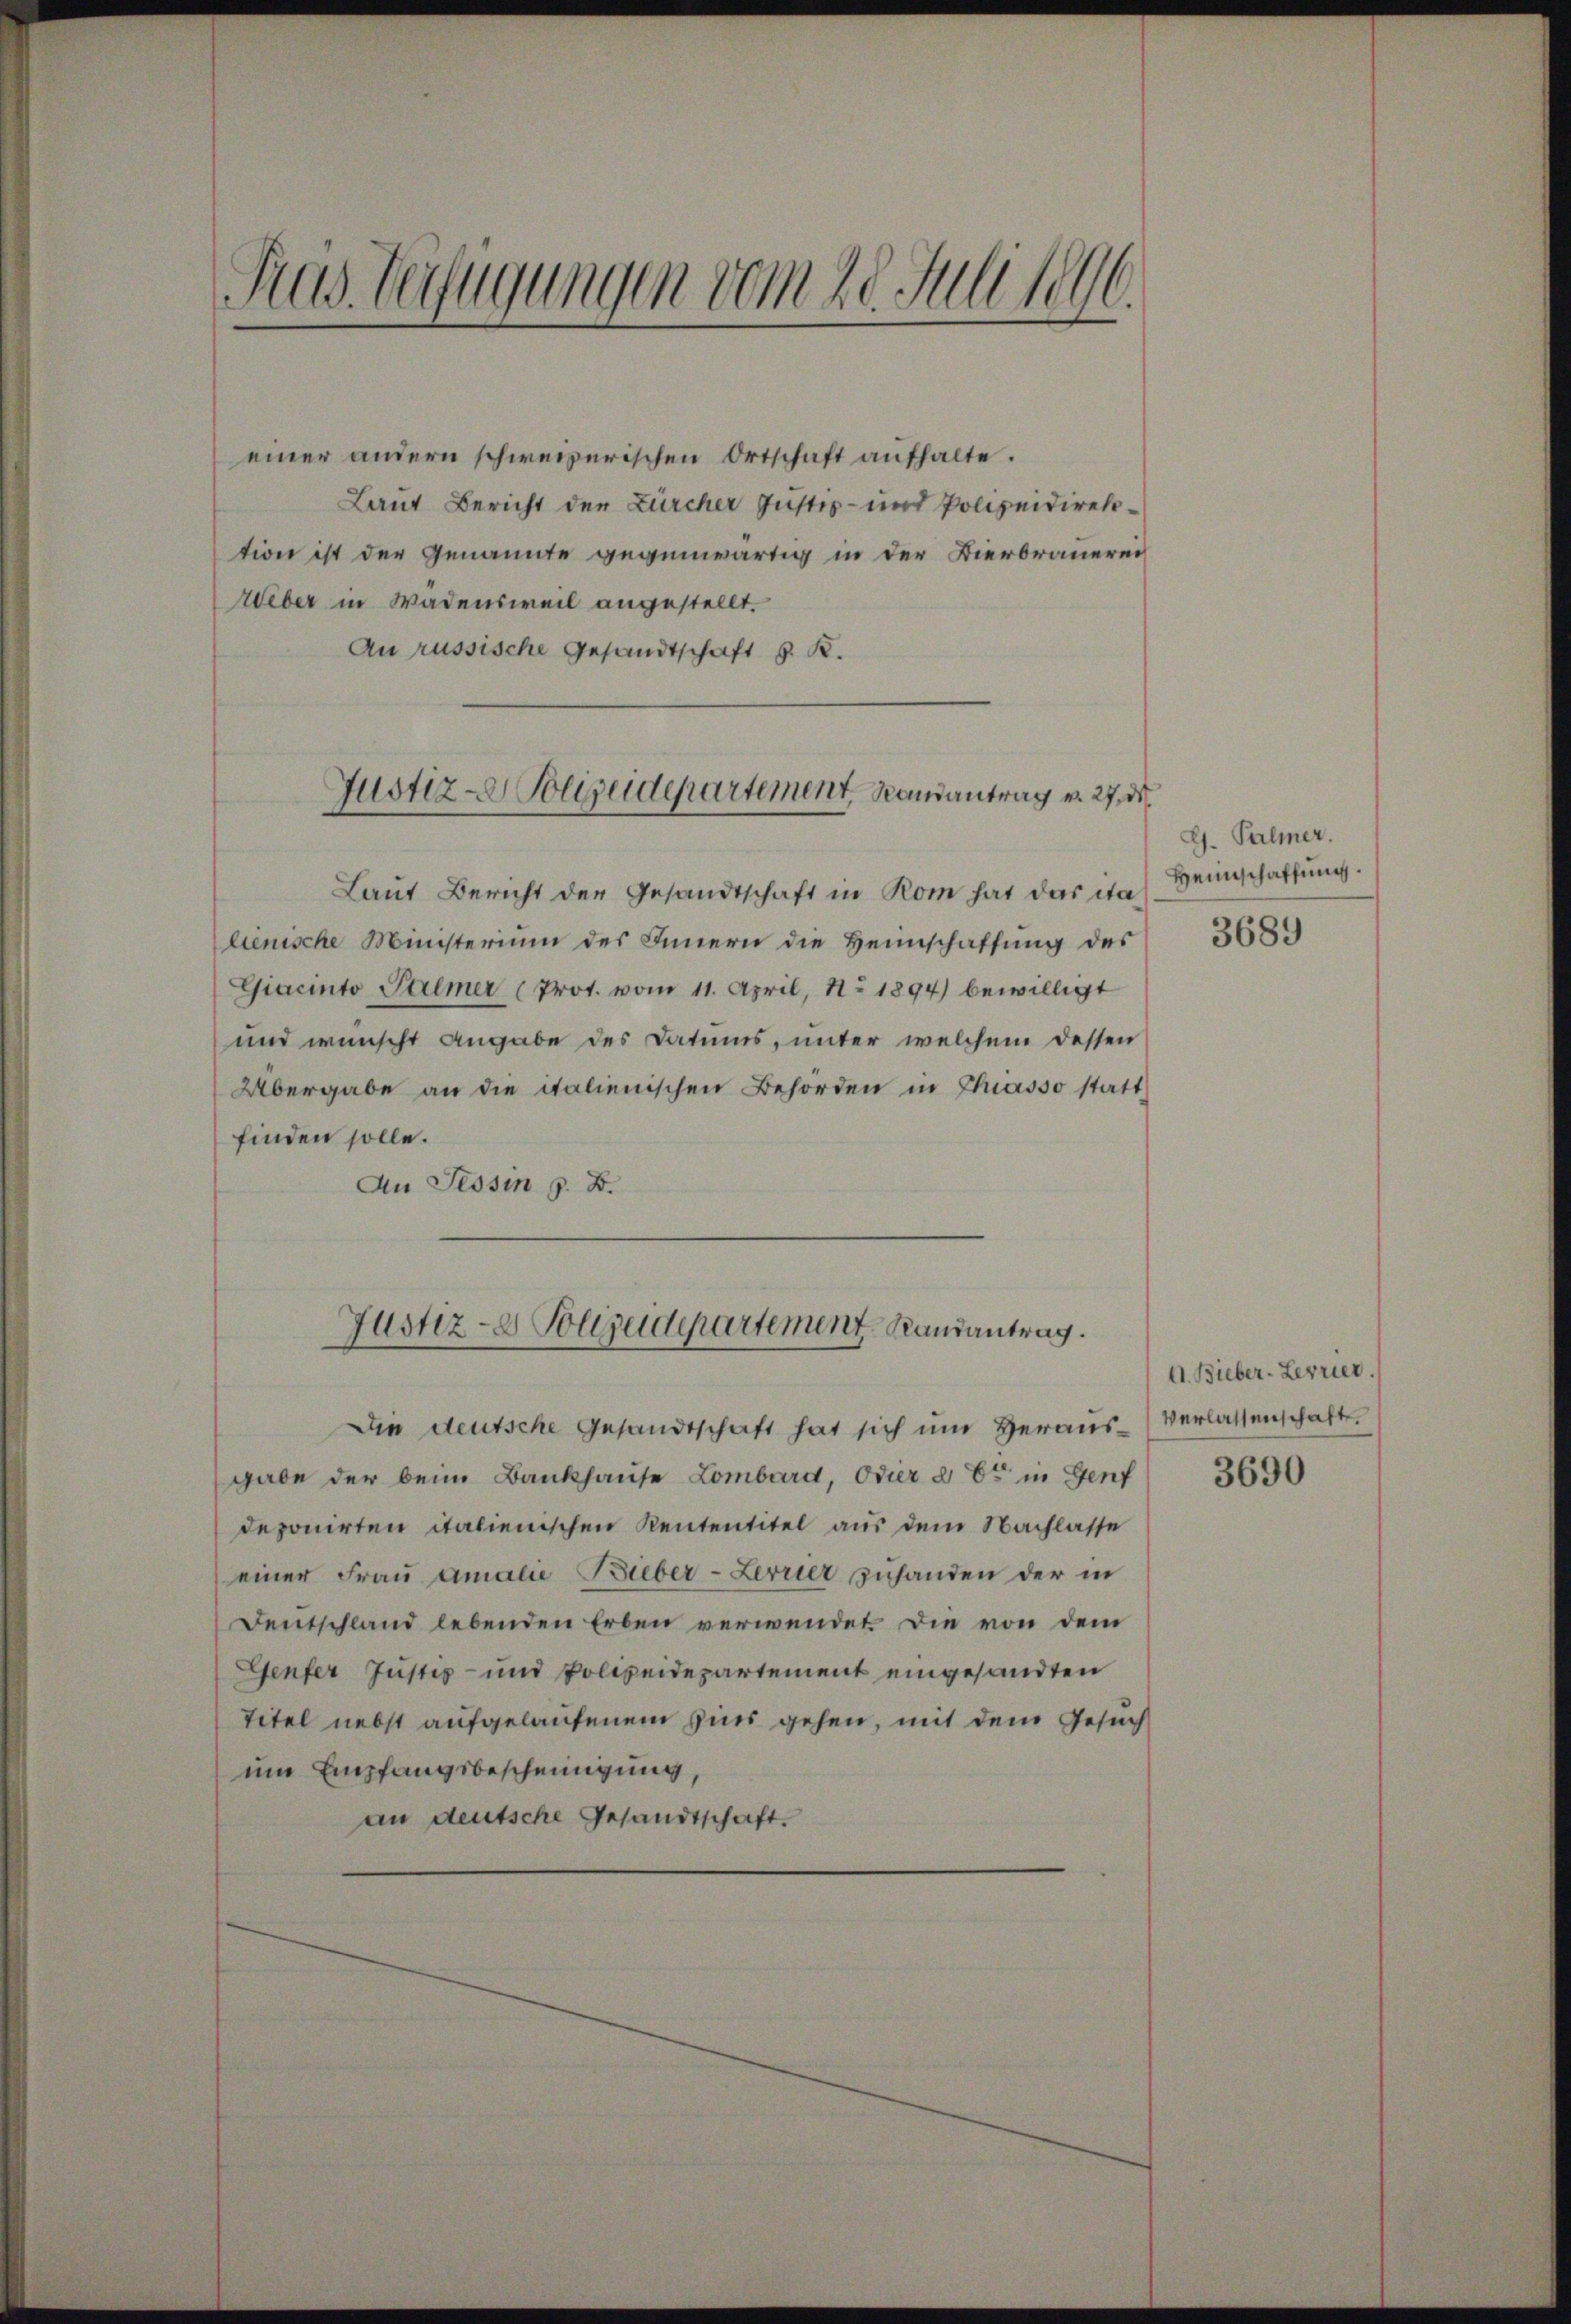
.
Pas Verfügungen vom 20. Juli 189.

einer andern schweizerischen Ortschaft aufhalte.
Laut Bericht der Zürcher Justiz- und Polizeidirektion ist der Genannte gegenwärtig in der Bierbraueren
Weber in Wadensweil angestellt.
An russische Gesandtschaft z. B.

Laut Bericht der Gesandtschaft in Rom hat das da
lienische Ministerium des Innern die Heimschaffung des
Giacinto Palmer (Prot. vom 11. April, No 1894) bewilligt
und wünscht angabe des Datums, unter welchem dessen
Übergabe an die italienischen Behörden in Chiasso statt
finden solle.
An Tessin z. B.

Justiz- & Polizeidepartement Ramantrag v. 27, d

Justiz- & Polizeidepartement Randantrag.

Die deutsche Gesandtschaft hat sich um Herausgabe der beim Bankhause Lombard, Odier d. Er in Genf
deponirten italienischen Kententitel aus dem Nachlasse
einer Frau Amalie Bieber-Lerrier zuhanden der in
Deutschland lebenden Erben verwendet. Die von dem
Genfer Justiz- und Polizeidepartement eingesandten
Titel nebst aufgelaufenem Zins gehen, mit dem Gesuch
um Empfangsbescheinigung,
an deutsche Gesandtschaft.

L. Palmer.
Heimschaffung.
3689

A. Bieber-Lerrier.
Verlassenschafte.

3690